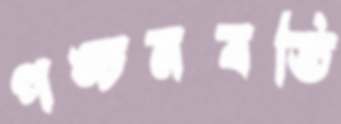
পঙ্চনবতি